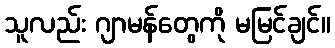
သူလည်း ဂျာမန်တွေကို မမြင်ချင်။